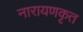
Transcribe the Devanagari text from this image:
नारायणकृत